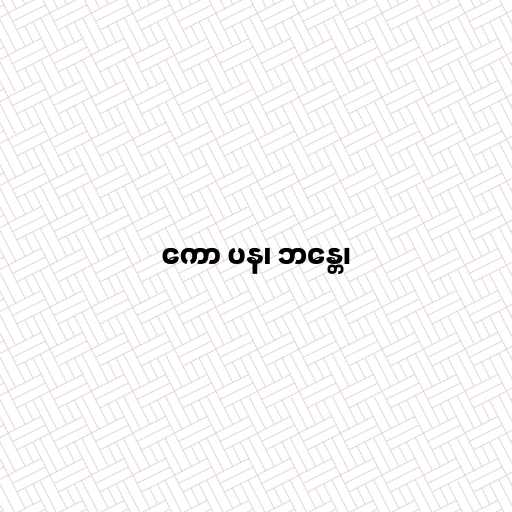
ကော ပန၊ ဘန္တေ၊